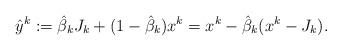
\begin{align*}\hat{y}^k:=\hat{\beta}_kJ_k+(1-\hat{\beta}_k)x^k=x^k-\hat{\beta}_k(x^k-J_k).\end{align*}